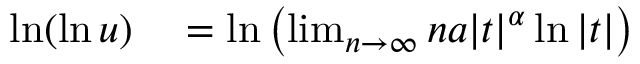
\begin{array} { r l } { \ln ( \ln u ) } & { { } = \ln \left( \operatorname* { l i m } _ { n \to \infty } n a | t | ^ { \alpha } \ln | t | \right) } \end{array}